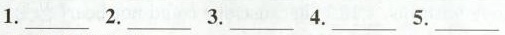
1.___ 2. ___ 3. ___ 4. ___ 5.___